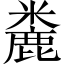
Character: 麊